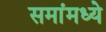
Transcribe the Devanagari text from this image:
समांमध्ये